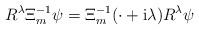
LaTeX: \begin{align*} R^\lambda\Xi_m^{-1}\psi =\Xi_m^{-1}(\cdot +\mathrm i\lambda)R^\lambda\psi\end{align*}